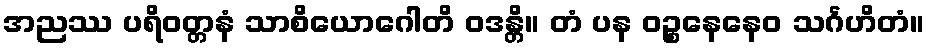
အညဿ ပရိဝတ္တနံ သာစိယောဂေါတိ ဝဒန္တိ။ တံ ပန ဝဉ္စနေနေဝ သင်္ဂဟိတံ။